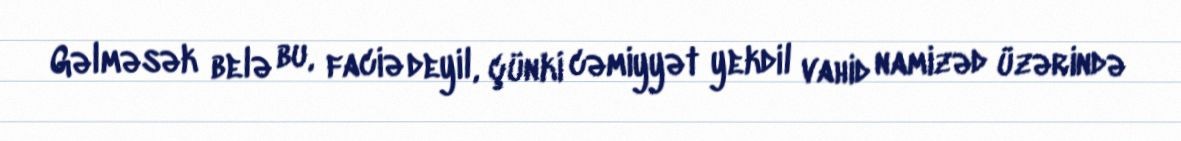
Gəlməsək belə bu, faciə deyil, çünki cəmiyyət yekdil vahid namizəd üzərində